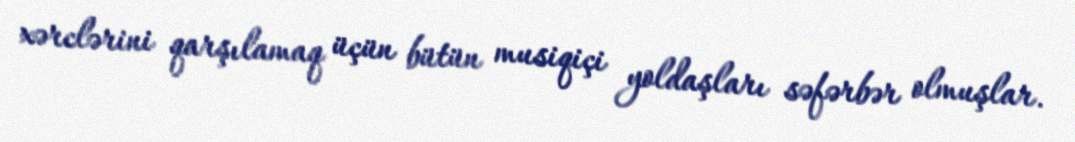
xərclərini qarşılamaq üçün bütün musiqiçi yoldaşları səfərbər olmuşlar.